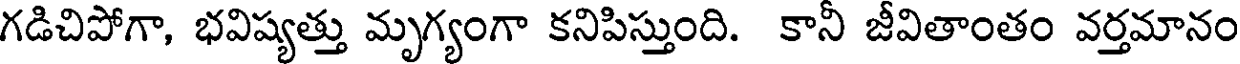
గడిచిపోగా, భవిష్యత్తు మృగ్యంగా కనిపిస్తుంది. కానీ జీవితాంతం వర్తమానం